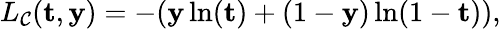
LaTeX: L_{\mathcal{C}}(\mathbf{t},\mathbf{y})=-(\mathbf{y}\ln(\mathbf{t})+(1-\mathbf{y})\ln(1-\mathbf{t})),